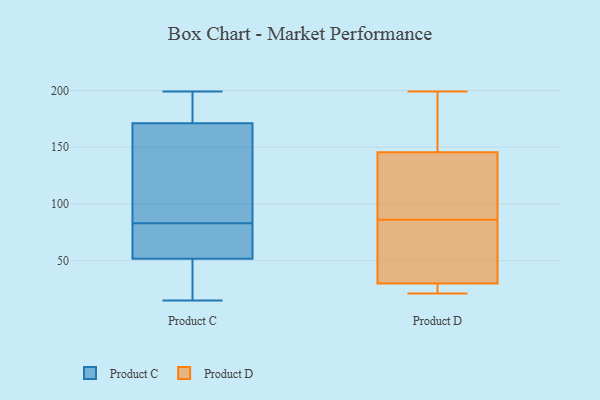
{"axis": {"x": "Gross Profit (USD K)", "y": "Value"}, "legend": ["Product C", "Product D"], "data": [{"x": "", "y": 137, "type": "Product C"}, {"x": "", "y": 48, "type": "Product C"}, {"x": "", "y": 167, "type": "Product C"}, {"x": "", "y": 197, "type": "Product C"}, {"x": "", "y": 199, "type": "Product C"}, {"x": "", "y": 40, "type": "Product C"}, {"x": "", "y": 52, "type": "Product C"}, {"x": "", "y": 83, "type": "Product C"}, {"x": "", "y": 77, "type": "Product C"}, {"x": "", "y": 90, "type": "Product C"}, {"x": "", "y": 198, "type": "Product C"}, {"x": "", "y": 54, "type": "Product C"}, {"x": "", "y": 183, "type": "Product C"}, {"x": "", "y": 15, "type": "Product C"}, {"x": "", "y": 123, "type": "Product C"}, {"x": "", "y": 80, "type": "Product C"}, {"x": "", "y": 51, "type": "Product C"}, {"x": "", "y": 84, "type": "Product D"}, {"x": "", "y": 73, "type": "Product D"}, {"x": "", "y": 89, "type": "Product D"}, {"x": "", "y": 120, "type": "Product D"}, {"x": "", "y": 161, "type": "Product D"}, {"x": "", "y": 21, "type": "Product D"}, {"x": "", "y": 76, "type": "Product D"}, {"x": "", "y": 24, "type": "Product D"}, {"x": "", "y": 88, "type": "Product D"}, {"x": "", "y": 190, "type": "Product D"}, {"x": "", "y": 29, "type": "Product D"}, {"x": "", "y": 30, "type": "Product D"}, {"x": "", "y": 167, "type": "Product D"}, {"x": "", "y": 30, "type": "Product D"}, {"x": "", "y": 199, "type": "Product D"}, {"x": "", "y": 26, "type": "Product D"}, {"x": "", "y": 130, "type": "Product D"}, {"x": "", "y": 104, "type": "Product D"}, {"x": "", "y": 55, "type": "Product D"}, {"x": "", "y": 162, "type": "Product D"}]}